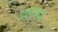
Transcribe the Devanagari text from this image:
खुराच्या